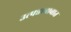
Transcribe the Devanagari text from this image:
उत्पन्नाबाबात